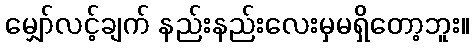
မျှော်လင့်ချက် နည်းနည်းလေးမှမရှိတော့ဘူး။